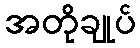
အတိုချုပ်